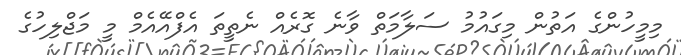
މިމީހުންގެ އަތުން މިގައުމު ސަލާމަތް ވާނެ ގޮރެއް ނެތީތަ އެފްއޭއެމް މީ މަޖްލިހުގެ